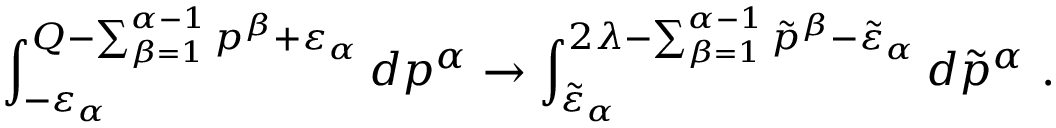
\int _ { - \varepsilon _ { \alpha } } ^ { Q - \sum _ { \beta = 1 } ^ { \alpha - 1 } p ^ { \beta } + \varepsilon _ { \alpha } } d p ^ { \alpha } \to \int _ { \tilde { \varepsilon } _ { \alpha } } ^ { 2 \lambda - \sum _ { \beta = 1 } ^ { \alpha - 1 } \tilde { p } ^ { \beta } - \tilde { \varepsilon } _ { \alpha } } d \tilde { p } ^ { \alpha } \ .